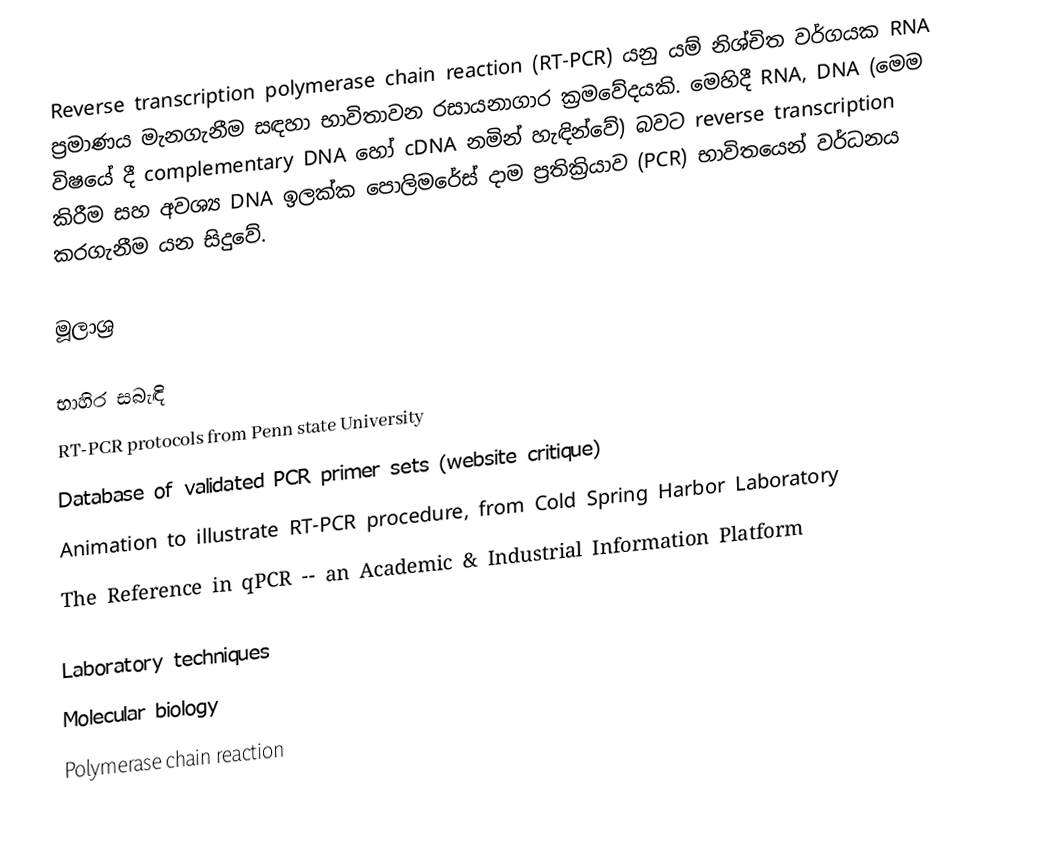
Reverse transcription polymerase chain reaction (RT-PCR) යනු යම් නිශ්චිත වර්ගයක RNA ප්‍රමාණය මැනගැනීම සඳහා භාවිතාවන රසායනාගාර ක්‍රමවේදයකි. මෙහිදී RNA, DNA (මෙම විෂයේ දී complementary DNA හෝ cDNA නමින් හැඳින්වේ) බවට reverse transcription කිරීම සහ අවශ්‍ය DNA ඉලක්ක පොලිමරේස්‌ දාම ප්‍රතික්‍රියාව (PCR) භාවිතයෙන් වර්ධනය කරගැනීම යන සිදුවේ.

මූලාශ්‍ර

භාහිර සබැඳි
 RT-PCR protocols from Penn state University
 Database of validated PCR primer sets (website critique)
 Animation to illustrate RT-PCR procedure, from Cold Spring Harbor Laboratory
 The Reference in qPCR -- an Academic & Industrial Information Platform

Laboratory techniques
Molecular biology
Polymerase chain reaction